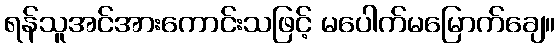
ရန်သူအင်အားကောင်းသဖြင့် မပေါက်မမြောက်ချေ။